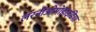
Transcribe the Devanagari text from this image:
लरनीओपोडाइडिया